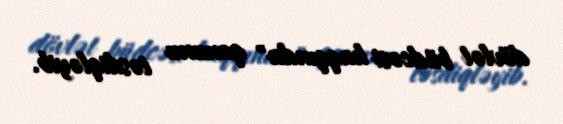
dövlət büdcəsi haqqında" qanunu təsdiqləyib.